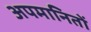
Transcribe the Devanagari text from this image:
अपमानितों